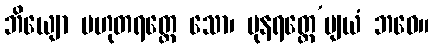
ဘိယျော ဗဟုတရတ္ထေ သော၊ ပုနရတ္ထေ’ဗျယံ ဘဝေ။